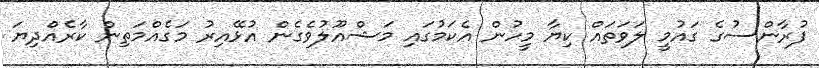
ފުރާންސުގެ ގައުމީ ލަވަތައް ކިޔާ މީހުން އެކަމުގައި މަޝްއޫލުވެގެން އުޅޭއިރު މަގެއްމަތިން ކާރެއްދިޔަ